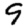
Digit: 9